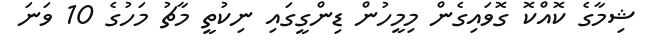
ޝިމާގެ ކޮއްކޮ ގޮވައިގެން މިމީހުން ޑިންގީގައި ނިކުތީ މާޗު މަހުގެ 10 ވަނަ